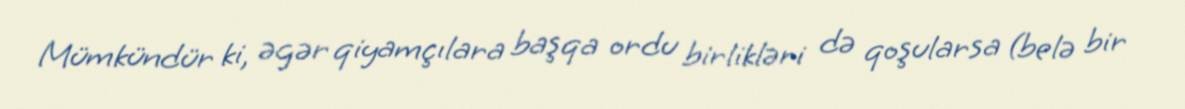
Mümkündür ki, əgər qiyamçılara başqa ordu birlikləri də qoşularsa (belə bir